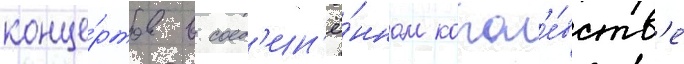
конце́ртов в соед'ин'ё́нном корол'е́вств'е